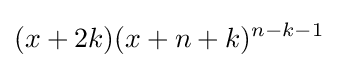
(x+2k)(x+n+k)^{n-k-1}